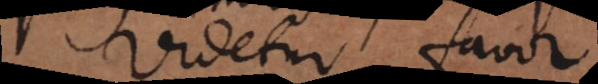
Videtur favor